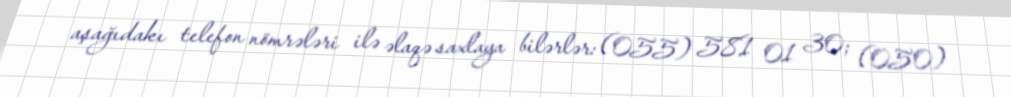
aşağıdakı telefon nömrələri ilə əlaqə saxlaya bilərlər: (055) 581 01 30; (050)